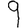
Digit: 9